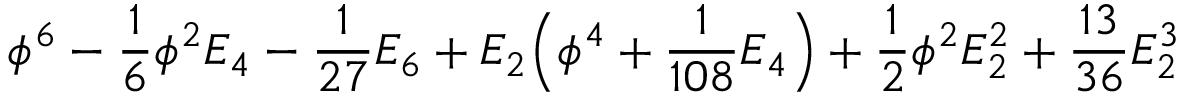
\phi ^ { 6 } - { \frac { 1 } { 6 } } \phi ^ { 2 } E _ { 4 } - { \frac { 1 } { 2 7 } } E _ { 6 } + E _ { 2 } \Big ( \phi ^ { 4 } + { \frac { 1 } { 1 0 8 } } E _ { 4 } \Big ) + { \frac { 1 } { 2 } } \phi ^ { 2 } E _ { 2 } ^ { 2 } + { \frac { 1 3 } { 3 6 } } E _ { 2 } ^ { 3 }